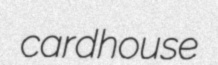
cardhouse